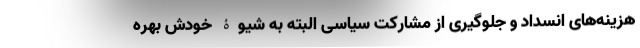
هزینه‌های انسداد و جلوگیری از مشارکت سیاسی البته به شیوۀ خودش بهره